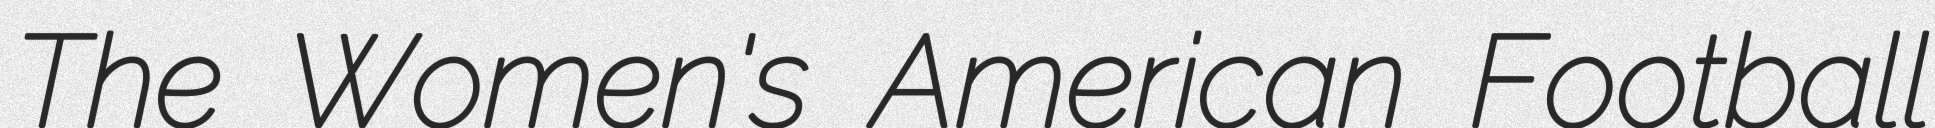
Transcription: The Women's American Football